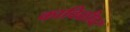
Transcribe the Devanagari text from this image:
काविळीवर